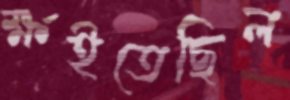
ক্ষইতেছিল